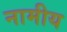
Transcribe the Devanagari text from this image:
नामीय